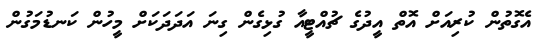
އެގޮތުން ކުރިއަށް އޮތް އީދުގެ ޗުއްޓީއާ ގުޅިގެން ގިނަ އަދަދަކަށް މީހުން ކަނޑުމަގުން